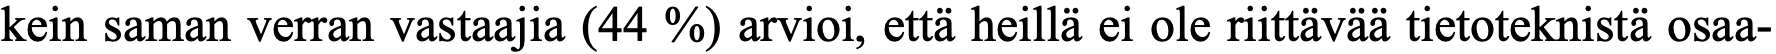
kein saman verran vastaajia (44 %) arvioi, että heillä ei ole riittävää tietoteknistä osaa-